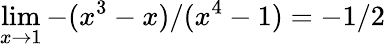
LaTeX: \operatorname*{lim}_{x\rightarrow 1}-(x^{3}-x)/(x^{4}-1)=-1/2